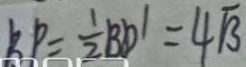
B P = \frac { 1 } { 2 } B D ^ { \prime } = 4 \sqrt { 3 }